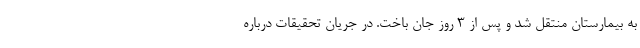
به بیمارستان منتقل شد و پس از ۳ روز جان باخت. در جریان تحقیقات درباره